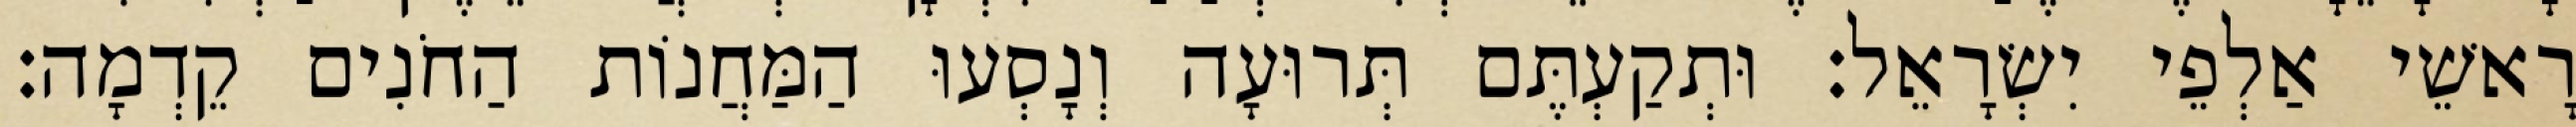
רָאשֵׁי אַלְפֵי יִשְׂרָאֵל׃ וּתְקַעְתֶּם תְּרוּעָה וְנָסְעוּ הַמַּחֲנוֹת הַחֹנִים קֵדְמָה׃